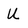
Character: U